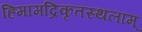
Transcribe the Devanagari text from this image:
हिमामद्रिकृतस्थलाम्